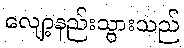
လျော့နည်းသွားသည်